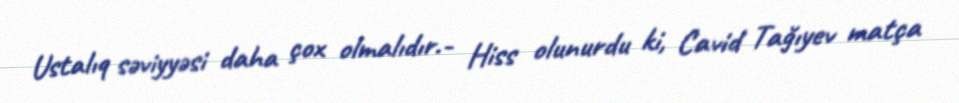
Ustalıq səviyyəsi daha çox olmalıdır.- Hiss olunurdu ki, Cavid Tağıyev matça